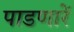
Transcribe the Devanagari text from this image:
पाडणारें